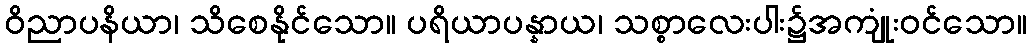
ဝိညာပနိယာ၊ သိစေနိုင်သော။ ပရိယာပန္နာယ၊ သစ္စာလေးပါး၌အကျုံးဝင်သော။